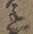
丞